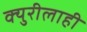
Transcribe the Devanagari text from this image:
क्युरीलाही